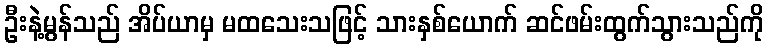
ဦးနဲ့မွန်သည် အိပ်ယာမှ မထသေးသဖြင့် သားနှစ်ယောက် ဆင်ဖမ်းထွက်သွားသည်ကို